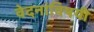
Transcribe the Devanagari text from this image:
वेदनांविषयी